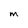
Character: M